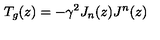
T _ { g } ( z ) = - \gamma ^ { 2 } J _ { n } ( z ) J ^ { n } ( z )